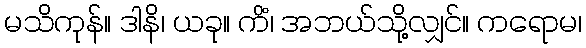
မသိကုန်။ ဒါနိ၊ ယခု။ ကိံ၊ အဘယ်သို့လျှင်။ ကရောမ၊